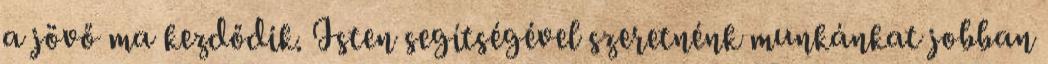
a jövő ma kezdődik. Isten segítségével szeretnénk munkánkat jobban